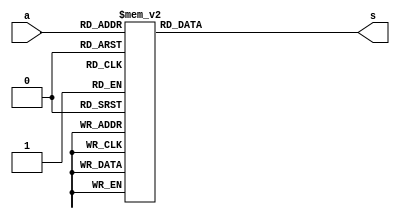
module three_seg(a,s);
	input [2:0]a;
	output reg [6:0] s;
	
	always @ (*)
		case(a)
			0:s = 7'b1111111;
			1:s = 7'b1001111;
			2:s = 7'b0010010;
			3:s = 7'b0000110;
			4:s = 7'b1001100;
			5:s = 7'b0100100;
			6:s = 7'b0100000;
			7:s = 7'b0001111;
			default:s = 7'b1111111;
		endcase
		
endmodule